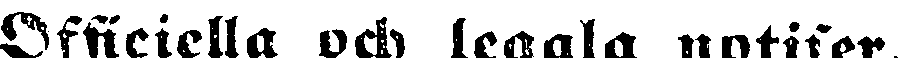
Officiella och legala notiser.